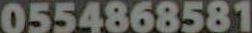
0554868581